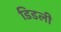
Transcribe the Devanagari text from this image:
डिडली